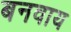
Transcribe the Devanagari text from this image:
बनवाय